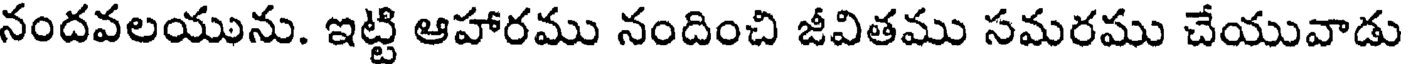
నందవలయును. ఇట్టి ఆహారము నందించి జీవితము సమరము చేయువాడు